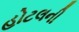
હોટલની